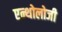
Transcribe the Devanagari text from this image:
एन्थोलोजी